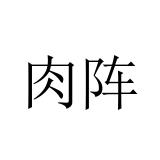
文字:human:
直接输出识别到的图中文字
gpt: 肉阵